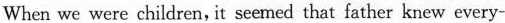
When we were children, it seemed that father knew every-